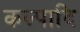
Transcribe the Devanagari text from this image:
कल्पादि